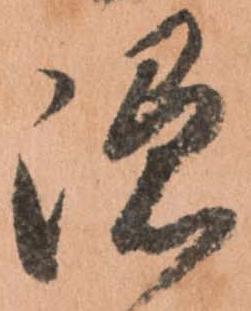
隠